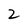
Character: 2